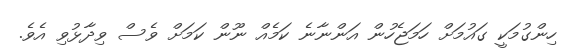
ހިންގުމަކީ ގައުމަށް ހަމަޖެހުން އަންނާނެ ކަމެއް ނޫން ކަމަށް ވެސް ވިދާޅުވި އެވެ.